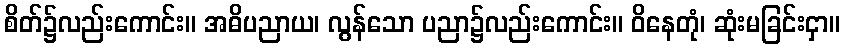
စိတ်၌လည်းကောင်း။ အဓိပညာယ၊ လွန်သော ပညာ၌လည်းကောင်း။ ဝိနေတုံ၊ ဆုံးမခြင်းငှာ။